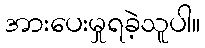
အားပေးမှုရခဲ့သူပါ။